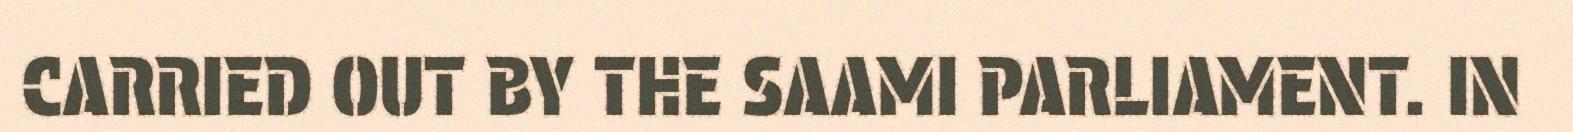
CARRIED OUT BY THE SAAMI PARLIAMENT. IN